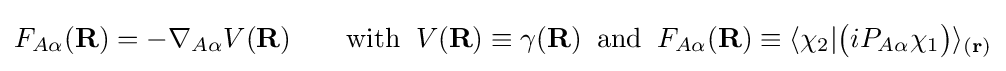
F_{A\alpha }(\mathbf {R} )=-\nabla _{A\alpha }V(\mathbf {R} )\qquad \mathrm {with} \;\;V(\mathbf {R} )\equiv \gamma (\mathbf {R} )\;\;\mathrm {and} \;\;F_{A\alpha }(\mathbf {R} )\equiv \langle \chi _{2}|{\big (}iP_{A\alpha }\chi _{1}{\big )}\rangle _{(\mathbf {r} )}